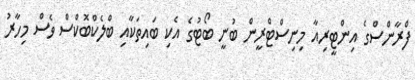
ފްރާންސްގެ އިންޓީރިއާ މިނިސްޓްރީން ބުނީ ބޯޓުގެ އެކި ބައިތަކާއި ބްލެކްބޮކްސް ވެސް މިހާރު